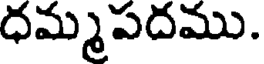
ధమ్మపదము.